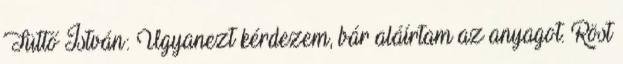
Tüttő István: Ugyanezt kérdezem, bár aláírtam az anyagot. Röst